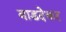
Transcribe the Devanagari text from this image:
वाडदेकर